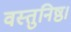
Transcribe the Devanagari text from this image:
वस्तुनिष्ठ।